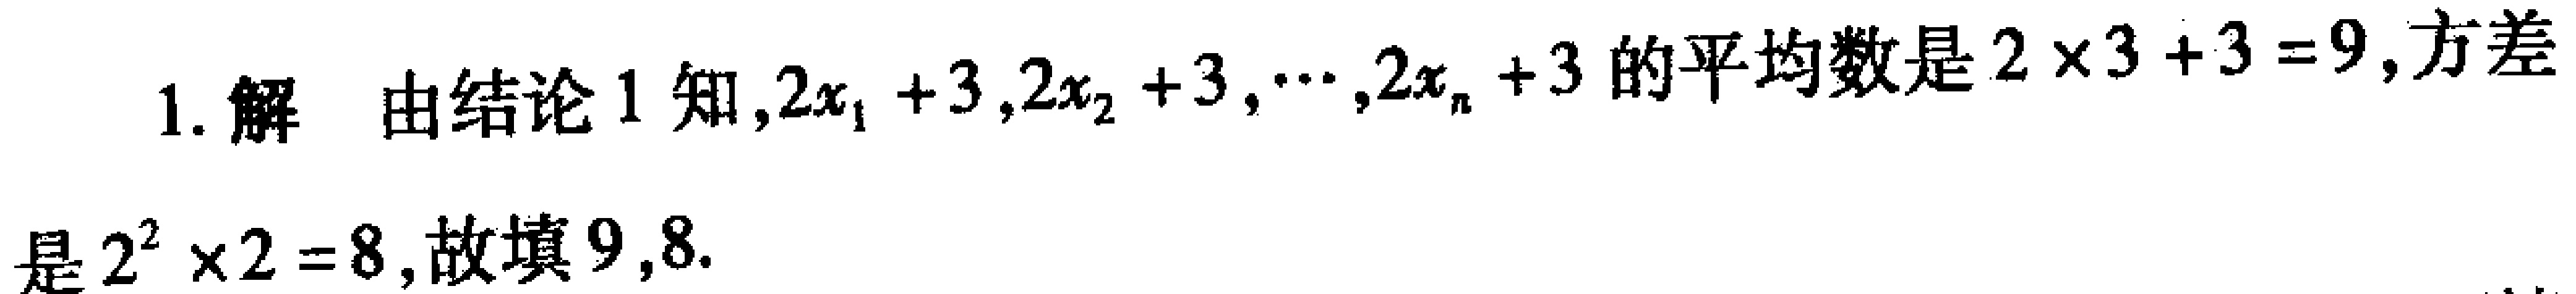
1. 解 由结论1知,$2x_{1} + 3,2x_{2} + 3,\cdots,2x_{n} + 3$的平均数是$2\times3 + 3 = 9$, 方差是$2^{2}\times2 = 8$, 故填$9,8$.